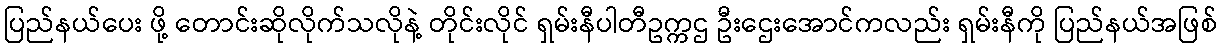
ပြည်နယ်ပေး ဖို့ တောင်းဆိုလိုက်သလိုနဲ့ တိုင်းလိုင် ရှမ်းနီပါတီဥက္ကဌ ဦးဌေးအောင်ကလည်း ရှမ်းနီကို ပြည်နယ်အဖြစ်